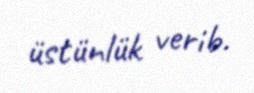
üstünlük verib.